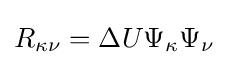
R_{\kappa \nu }=\Delta U\Psi _{\kappa }\Psi _{\nu }